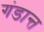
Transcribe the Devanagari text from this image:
गंडान्त